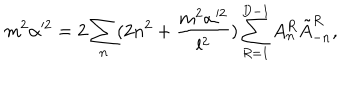
m ^ { 2 } \alpha ^ { 2 } = 2 \sum _ { n } ( 2 n ^ { 2 } + \frac { m ^ { 2 } \alpha ^ { 2 } } { l ^ { 2 } } ) \sum _ { R = 1 } ^ { D - 1 } A _ { n } ^ { R } \tilde { A } _ { - n } ^ { R } ,